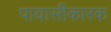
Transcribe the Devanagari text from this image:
पायासीकारक